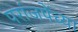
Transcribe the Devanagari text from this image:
परांजपेंच्या